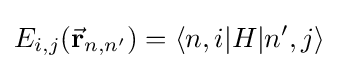
E_{i,j}({\vec {\mathbf {r} }}_{n,n'})=\langle n,i|H|n',j\rangle